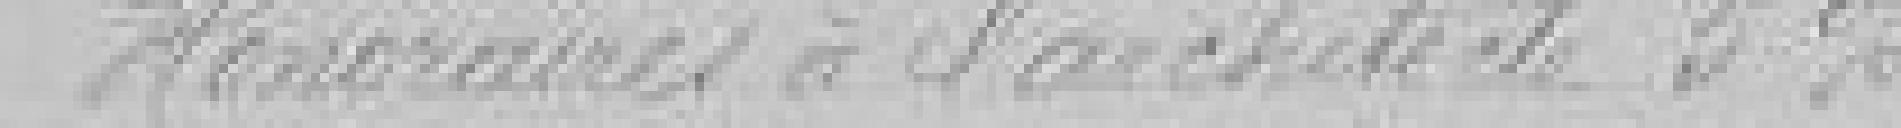
Honoraire de l'architecte 5 %